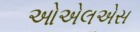
ઓએલએસ